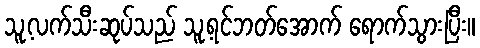
သူ့လက်သီးဆုပ်သည် သူ့ရင်ဘတ်အောက် ရောက်သွားပြီး။